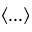
\langle . . . \rangle